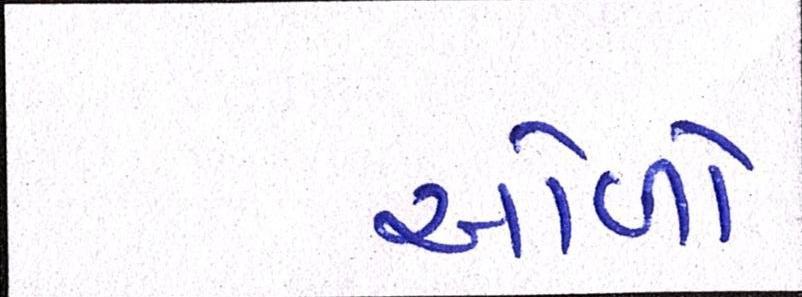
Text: ઓળો